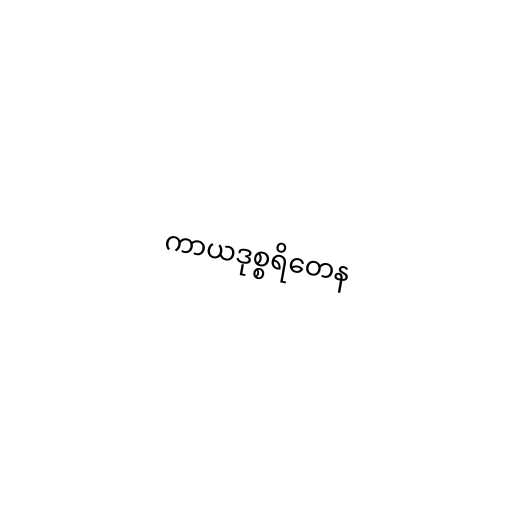
ကာယဒုစ္စရိတေန